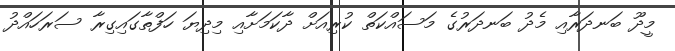
މީދޫ ބަނދަރާއި މެދު ބަނދަރުގެ މަސައްކަތް ކުރިއަށް ދާކަމަށާއި މިދިޔަ ހަފްތާގައިގިރާ ސަރަހައްދު